Civil Veterinary Dept. North-West Frontier Province 1901-22 - 1901-1922
Year: 1901
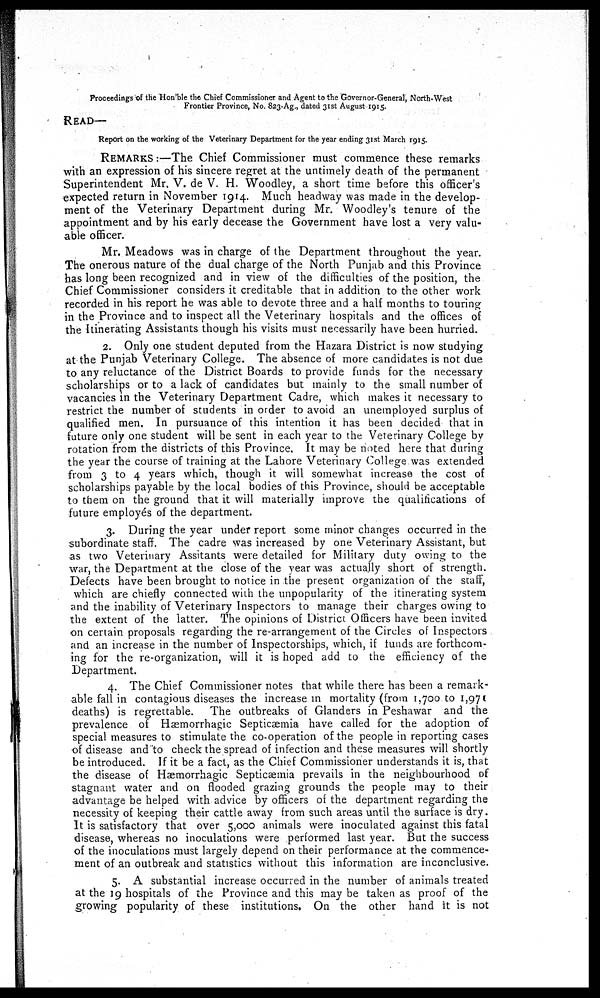
Proceedings of the Hon'ble the Chief Commissioner and Agent to the Governor-General, North-West
Frontier Province, No. 823-Ag., dated 31st August 1915.
READ—
Report on the working of the Veterinary Department for the year ending 31st March 1915,
REMARKS :—The Chief Commissioner must commence these remarks
with an expression of his sincere regret at the untimely death of the permanent
Superintendent Mr. V. de V. H. Woodley, a short time before this officer's
expected return in November 1914. Much headway was made in the develop-
ment of the Veterinary Department during Mr. Woodley's tenure of the
appointment and by his early decease the Government have lost a very valu-
able officer.
Mr. Meadows was in charge of the Department throughout the year.
The onerous nature of the dual charge of the North Punjab and this Province
has long been recognized and in view of the difficulties of the position, the
Chief Commissioner considers it creditable that in addition to the other work
recorded in his report he was able to devote three and a half months to touring
in the Province and to inspect all the Veterinary hospitals and the offices of
the Itinerating Assistants though his visits must necessarily have been hurried.
2. Only one student deputed from the Hazara District is now studying
at the Punjab Veterinary College. The absence of more candidates is not due
to any reluctance of the District Boards to provide funds for the necessary
scholarships or to a lack of candidates but mainly to the small number of
vacancies in the Veterinary Department Cadre, which makes it necessary to
restrict the number of students in order to avoid an unemployed surplus of
qualified men. In pursuance of this intention it has been decided that in
future only one student will be sent in each year to the Veterinary College by
rotation from the districts of this Province, It may be noted here that during
the year the course of training at the Lahore Veterinary College was extended
from 3 to 4 years which, though it will somewhat increase the cost of
scholarships payable by the local bodies of this Province, should be acceptable
to them on the ground that it will materially improve the qualifications of
future employés of the department.
3. During the year under report some minor changes occurred in the
subordinate staff. The cadre was increased by one Veterinary Assistant, but
as two Veterinary Assitants were detailed for Military duty owing to the
war, the Department at the close of the year was actually short of strength.
Defects have been brought to notice in the present organization of the staff,
which are chiefly connected with the unpopularity of the itinerating system
and the inability of Veterinary Inspectors to manage their charges owing to
the extent of the latter. The opinions of District Officers have been invited
on certain proposals regarding the re-arrangement of the Circles of Inspectors
and an increase in the number of Inspectorships, which, if funds are forthcom-
ing for the re-organization, will it is hoped add to the efficiency of the
Department.
4. The Chief Commissioner notes that while there has been a remark-
able fall in contagious diseases the increase in mortality (from 1,700 to 1,970
deaths) is regrettable. The outbreaks of Glanders in Peshawar and the
prevalence of Hæmorrhagic Septicæmia have called for the adoption of
special measures to stimulate the co-operation of the people in reporting cases
of disease and to check the spread of infection and these measures will shortly
be introduced. If it be a fact, as the Chief Commissioner understands it is, that
the disease of Hæmorrhagic Septicæmia prevails in the neighbourhood of
stagnant water and on flooded grazing grounds the people may to their
advantage be helped with advice by officers of the department regarding the
necessity of keeping their cattle away from such areas until the surface is dry.
It is satisfactory that over 5,000 animals were inoculated against this fatal
disease, whereas no inoculations were performed last year. But the success
of the inoculations must largely depend on their performance at the commence-
ment of an outbreak and statistics without this information are inconclusive.
5. A substantial increase occurred in the number of animals treated
at the 19 hospitals of the Province and this may be taken as proof of the
growing popularity of these institutions. On the other hand It is not